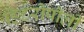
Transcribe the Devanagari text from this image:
हिटरोपॉली